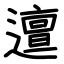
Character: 邅